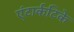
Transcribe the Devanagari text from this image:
एंटार्कटिके